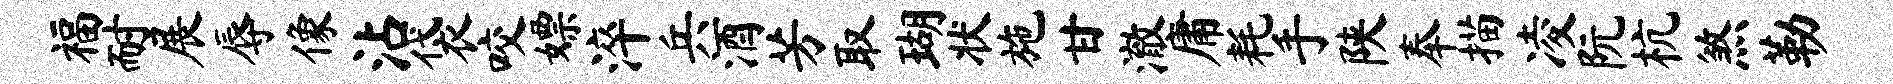
福耐展辱像沾袋咬嫖淬兵酒芳取瑚状施甘澈庸耗手陕奉描凌阮杭煞勒